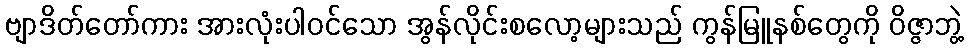
ဗျာဒိတ်တော်ကား အားလုံးပါ၀င်သော အွန်လိုင်းစလော့များသည် ကွန်မြူနစ်တွေကို ဝိဇ္ဇာဘွဲ့